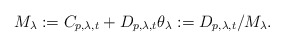
\begin{align*} M_{\lambda}: =C_{p,\lambda,t} + D_{p,\lambda,t} \theta_{\lambda} :=D_{p,\lambda,t}/M_{\lambda}. \end{align*}